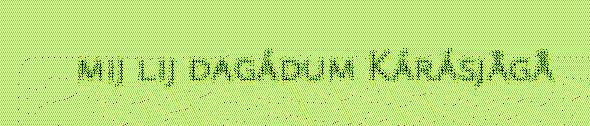
mij lij dagádum Kárásjågå